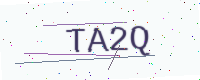
Text: TA2Q